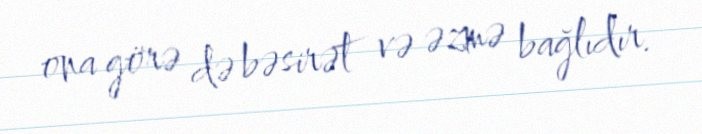
ona görə də bəsirət və əzmə bağlıdır.